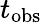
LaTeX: t_{\mathrm{obs}}